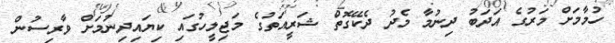
ހުމާމަށް މަރުގެ އަދަބު ދިނުމާ މެދު ދެކޭގޮތް ޝަރީއަތުގެ މަޖިލީހުގައި ކިޔައިދިނުމަށް ވާރިސުން